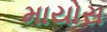
માયોસ